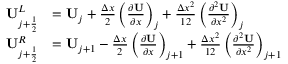
\begin{array} { r l } { \mathbf { U } _ { j + \frac { 1 } { 2 } } ^ { L } } & { = \mathbf { { U } } _ { j } + \frac { \Delta x } { 2 } \left( \frac { \partial \mathbf { U } } { \partial x } \right) _ { j } + \frac { \Delta x ^ { 2 } } { 1 2 } \left( \frac { \partial ^ { 2 } \mathbf { U } } { \partial x ^ { 2 } } \right) _ { j } } \\ { \mathbf { U } _ { j + \frac { 1 } { 2 } } ^ { R } } & { = \mathbf { { U } } _ { j + 1 } - \frac { \Delta x } { 2 } \left( \frac { \partial \mathbf { U } } { \partial x } \right) _ { j + 1 } + \frac { \Delta x ^ { 2 } } { 1 2 } \left( \frac { \partial ^ { 2 } \mathbf { U } } { \partial x ^ { 2 } } \right) _ { j + 1 } \quad } \end{array}